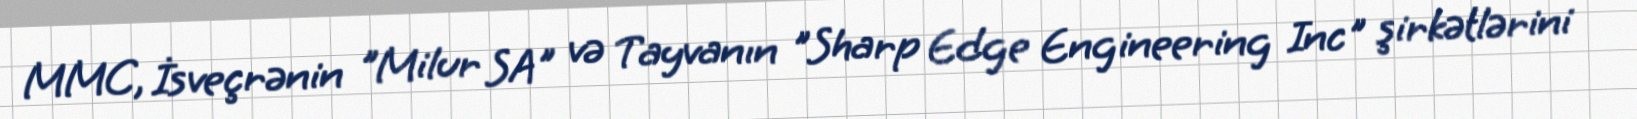
MMC, İsveçrənin "Milur SA" və Tayvanın "Sharp Edge Engineering Inc" şirkətlərini